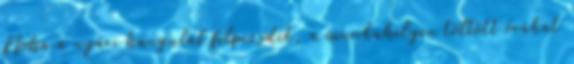
Noha a nyári hangulat felpezsdít, a munkahelyen töltött órákat